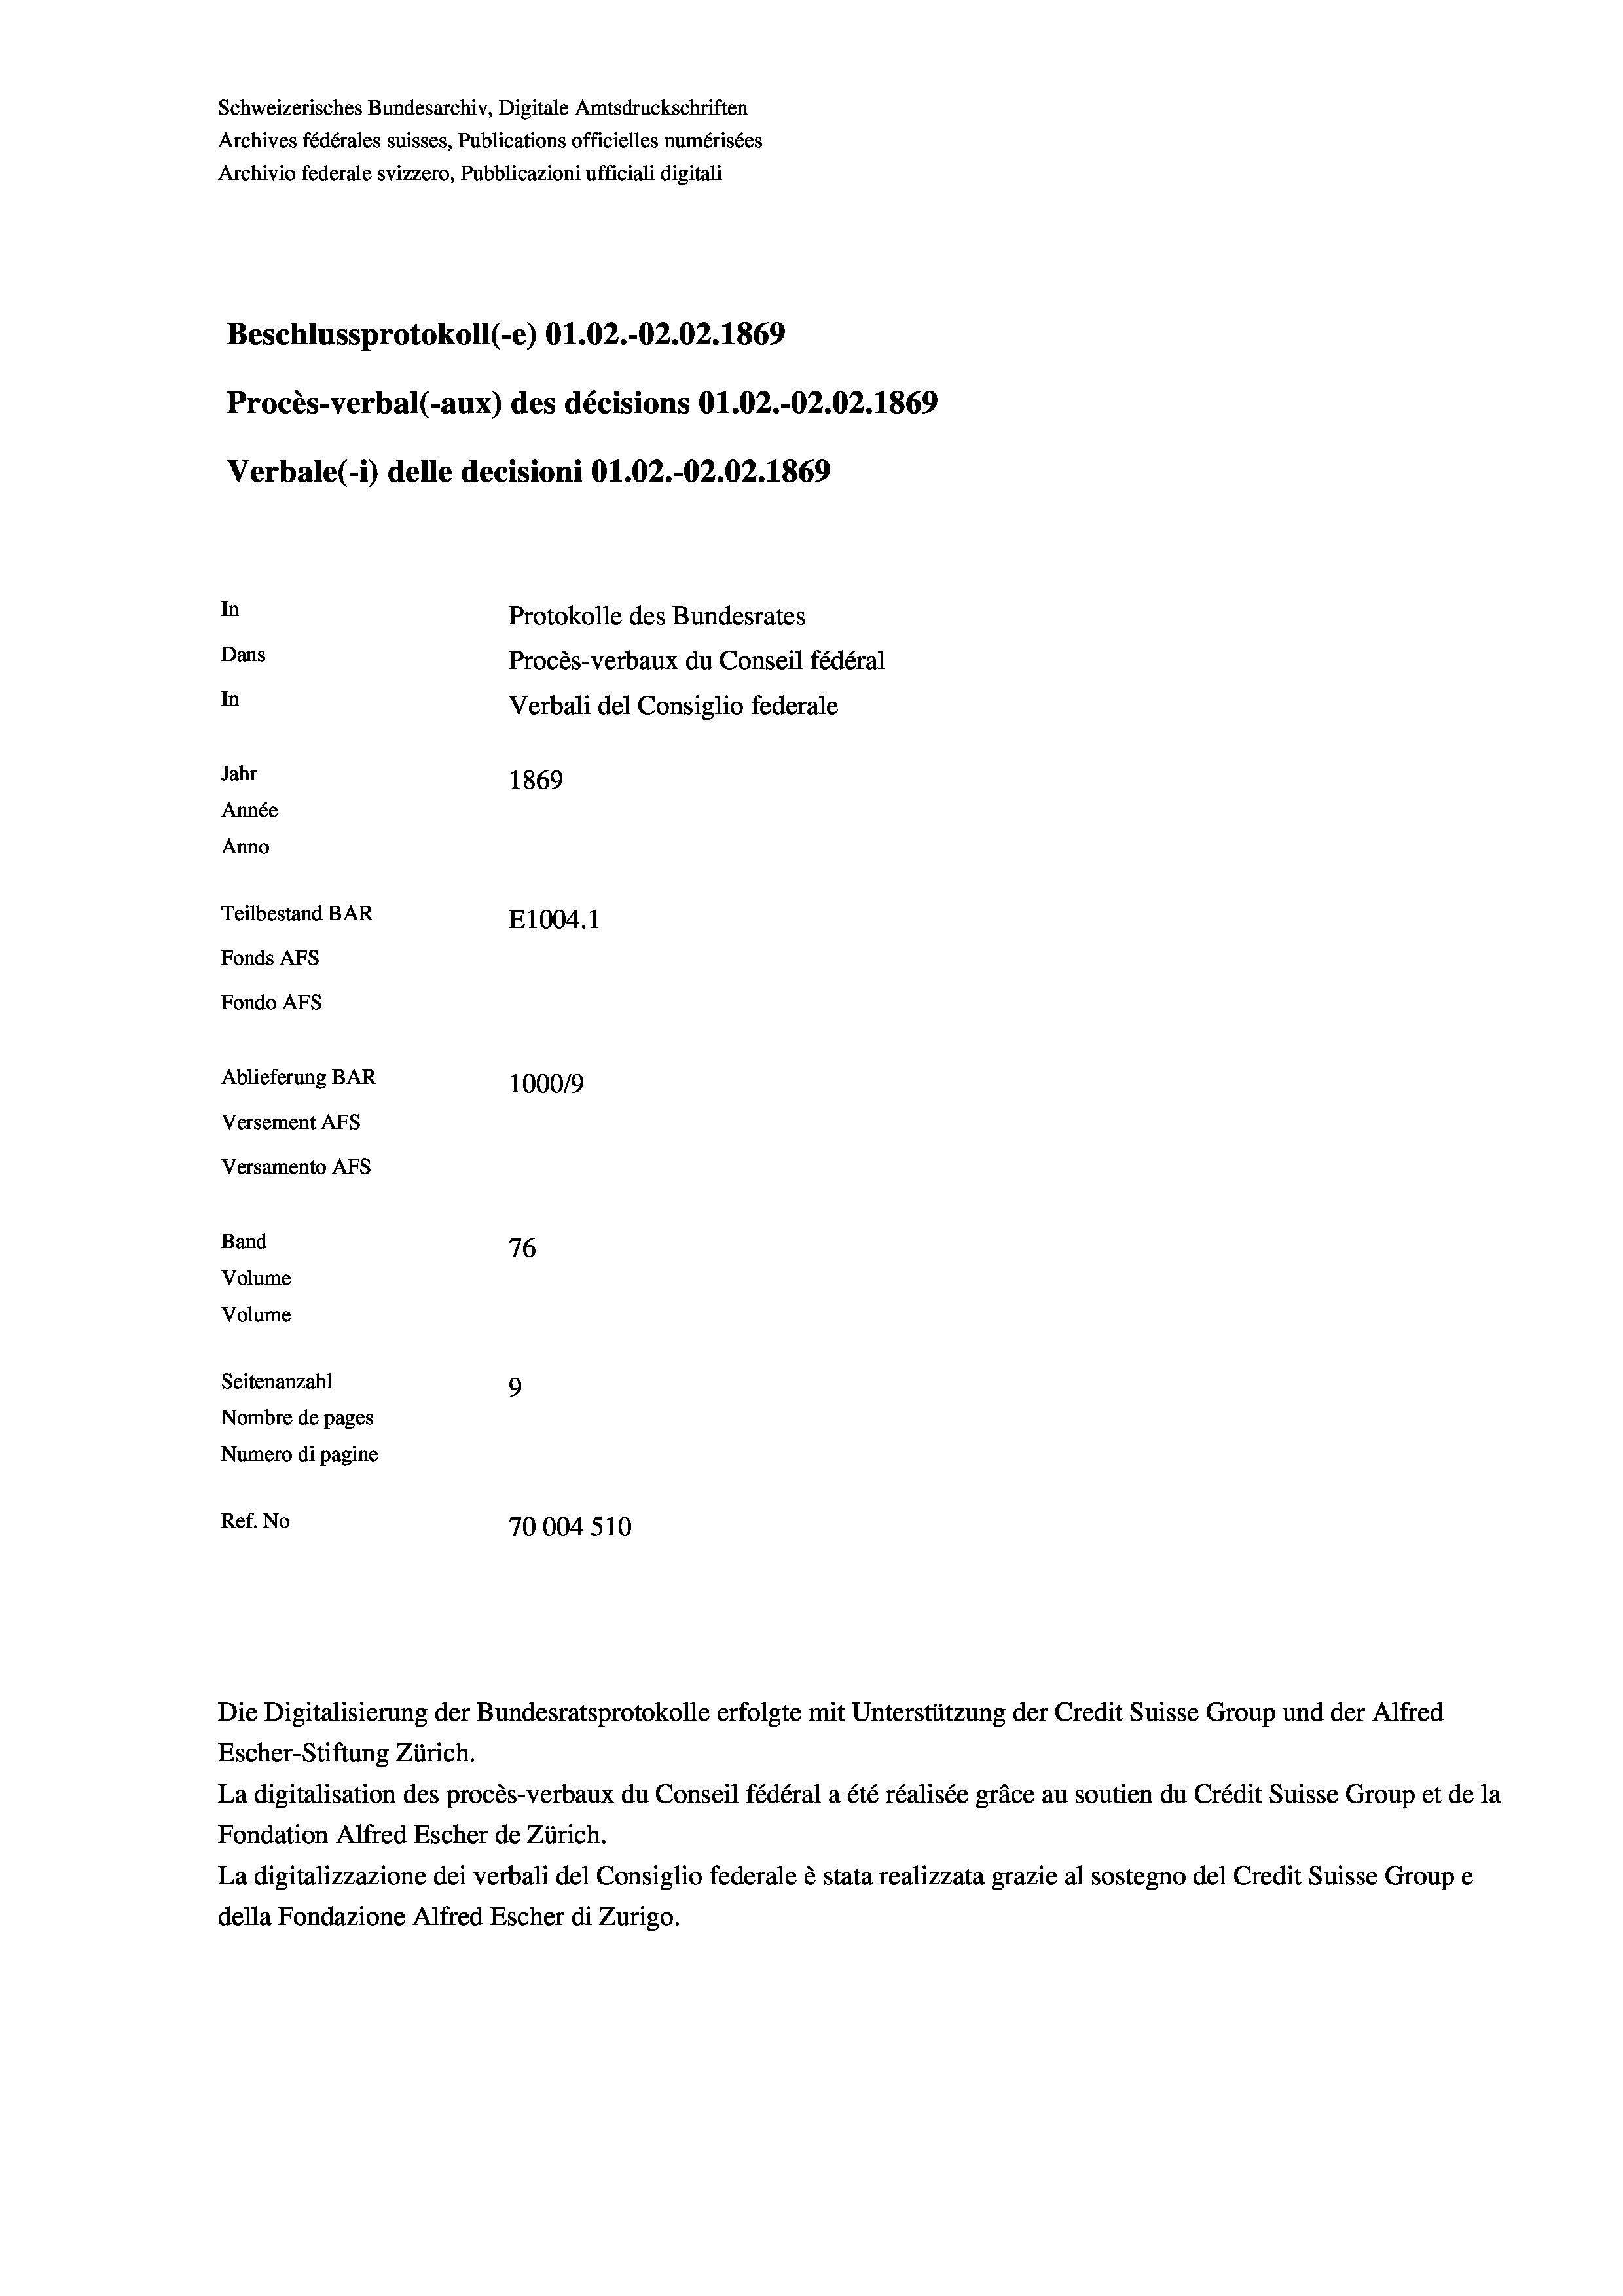
Schweizerisches Bundesarchiv, Digitale Amtsdruckschriften
Archives fédérales suisses, Publications officielles numérisées
Archivio federale svizzero, Pubblicazioni ufficiali digitali
Beschlussprotokoll (-e) O1.02.-O2.02. 1869
Procès-verbal (-aux) des décisions O1.02.-O2.02. 1869
Verbale(-*) delle decisioni O1.02.-O2.02. 1869
In
Protokolle des Bundesrates
Dans
Procès-verbaux du Conseil fédéral
In
Verbali del Consiglio federale
Jahr
1869
Année
Anno
Teilbestand BAR
E1004.1
Fonds AFs
Fondo AFs
Ablieferung BAR
100019
Versement As
Versamento AFS

76
9
Seitenanzahl
Nombre de pages
Numero di pagine
Ref. No
70004 510

Band
Volume
Volume

Escher-Stiftung Zürich.
La digitalisation des procès-verbaux du Conseil fédéral a été réalisée gräce au soutien du Crédit Suisse Group et de la
Fondation Alfred Escher de Zürich.
La digitalizzazione dei verbali del Consiglio federale è stata realizzata grazie al sostegno del Credit Suisse Groupe
della Fondazione Alfred Escher di Zurigo.

Die Digitalisierung der Bundesratsprotokolle erfolgte mit Unterstützung der Credit Suisse Group und der Alfred